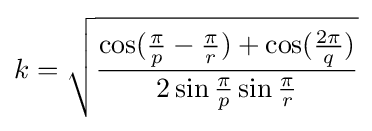
k={\sqrt {\frac {\cos({\frac {\pi }{p}}-{\frac {\pi }{r}})+\cos({\frac {2\pi }{q}})}{2\sin {\frac {\pi }{p}}\sin {\frac {\pi }{r}}}}}